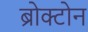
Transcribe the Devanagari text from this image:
ब्रोक्टोन